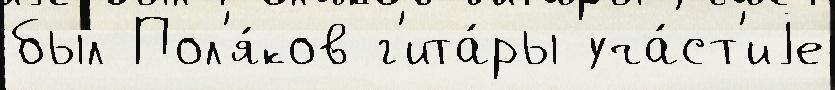
был Пол'я́ков г'ита́ры уча́ст'иjе